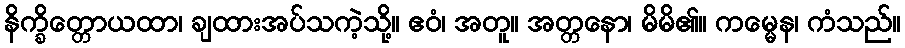
နိက္ခိတ္တောယထာ၊ ချထားအပ်သကဲ့သို့။ ဧဝံ၊ အတူ။ အတ္တနော၊ မိမိ၏။ ကမ္မေန၊ ကံသည်။